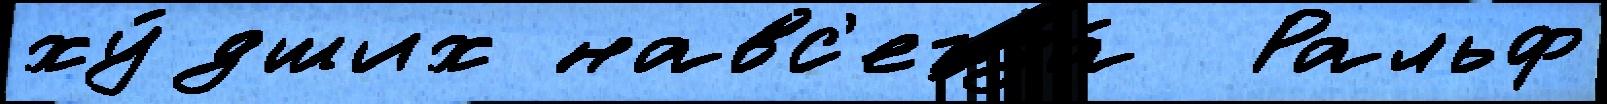
ху́дших навс'егда́  Ральф